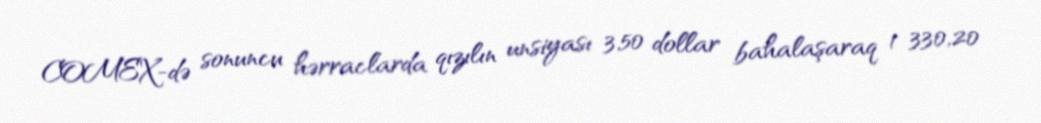
COMEX-də sonuncu hərraclarda qızılın unsiyası 3,50 dollar bahalaşaraq 1 330,20